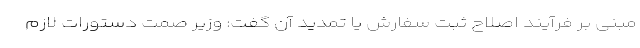
مبنی بر فرآیند اصلاح ثبت سفارش یا تمدید آن گفت: وزیر صمت دستورات لازم